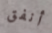
أنفق